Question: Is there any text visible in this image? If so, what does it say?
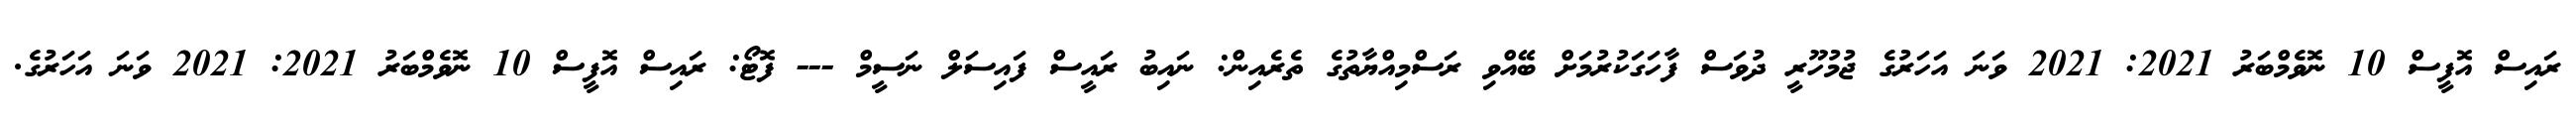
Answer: ރައިސް އޮފީސް 10 ނޮވެމްބަރު 2021: 2021 ވަނަ އަހަރުގެ ޖުމުހޫރީ ދުވަސް ފާހަގަކުރުމަށް ބޭއްވި ރަސްމިއްޔާތުގެ ތެރެއިން: ނައިބު ރައީސް ފައިސަލް ނަސީމް --- ފޮޓޯ: ރައިސް އޮފީސް 10 ނޮވެމްބަރު 2021: 2021 ވަނަ އަހަރުގެ.